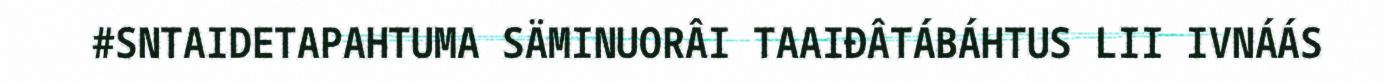
#SNTAIDETAPAHTUMA SÄMINUORÂI TAAIĐÂTÁBÁHTUS LII IVNÁÁS